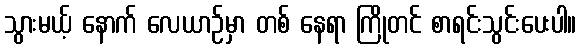
သွားမယ့် နောက် လေယာဉ်မှာ တစ် နေရာ ကြိုတင် စာရင်းသွင်းပေးပါ။